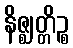
နိဇ္ဈတ္တိဉ္စ